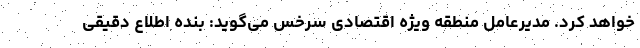
خواهد کرد. مدیرعامل منطقه ویژه اقتصادی سرخس می‌گوید: بنده اطلاع دقیقی